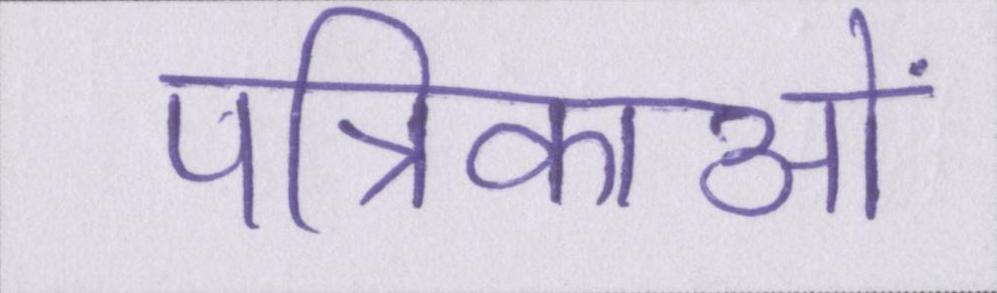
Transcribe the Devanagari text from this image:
पत्रिकाओं